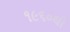
૧૯૬૦થી